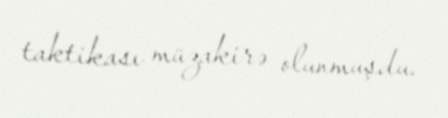
taktikası müzakirə olunmuşdu.